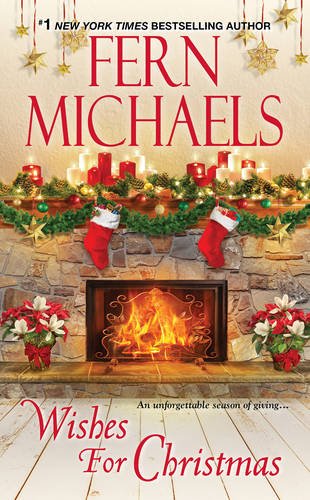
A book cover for Wishes for Christmas; Fern Michaels; Romance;